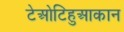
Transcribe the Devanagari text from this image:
टेओटिहुआकान